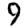
Digit: 9